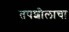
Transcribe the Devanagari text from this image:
तपशीलाचा